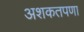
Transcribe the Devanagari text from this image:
अशकतपणा